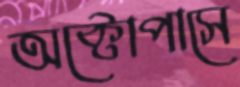
অক্টোপাসে